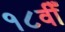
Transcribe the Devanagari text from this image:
१८वीँ